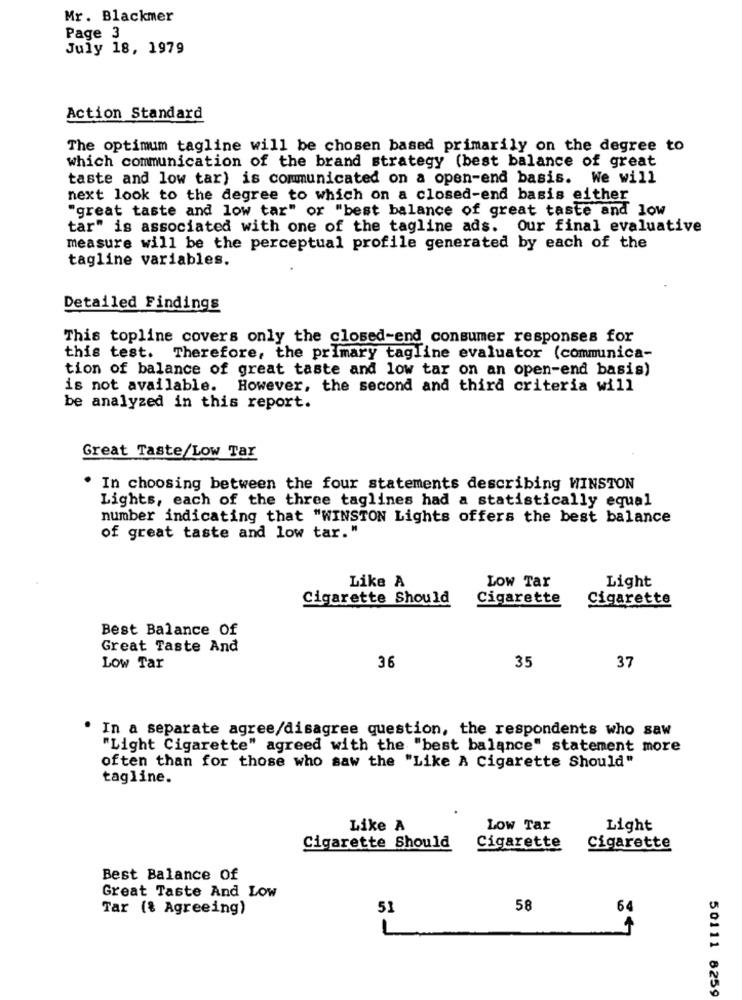
Mr. Blackmer
Page 3
July 18, 1979
Action Standard
The optimum tagline will be chosen based primarily on the degree to
which communication of the brand strategy (best balance of great
taste and low tar) is communicated on a open-end basis. We will
next look to the degree to which on a closed-end basis either
"great taste and low tar" or "best balance of great taste and low
tar" is associated with one of the tagline ads. Our final evaluative
measure will be the perceptual profile generated by each of the
tagline variables.
Detailed Findings
This topline covers only the closed-end consumer responses for
this test. Therefore, the primary tagline evaluator (communica-
tion of balance of great taste and low tar on an open-end basis)
is not available. However, the second and third criteria will
be analyzed in this report.
Great Taste/Low Tar
. In choosing between the four statements describing WINSTON
Lights, each of the three taglines had a statistically equal
number indicating that "WINSTON Lights offers the best balance
of great taste and low tar."
Like A
LOW Tar
Light
Cigarette Should
Cigarette
Cigarette
Best Balance Of
Great Taste And
Low Tar
36
35
37
In a separate agree/disagree question, the respondents who saw
"Light Cigarette" agreed with the "best balance" statement more
often than for those who saw the "Like A Cigarette Should"
tagline.
Like A
Low Tar
Light
Cigarette Should
Cigarette
Cigarette
Best Balance Of
Great Taste And Low
Tar (% Agreeing)
51
58
64
50111 8259